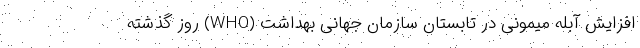
افزایش آبله میمونی در تابستان سازمان جهانی بهداشت (WHO) روز گذشته